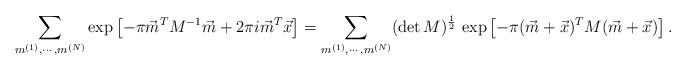
LaTeX: \begin{align*}\sum_{m^{(1)},\cdots, m^{(N)}} \exp \left[ -\pi \vec{m}^T M^{-1} \vec{m} + 2\pi i \vec{m}^T \vec{x}\right] = \sum_{m^{(1)},\cdots, m^{(N)}}(\det M)^{\frac{1}{2}}\, \exp \left[-\pi(\vec{m}+\vec{x})^{T} M (\vec{m} +\vec{x})\right].\end{align*}